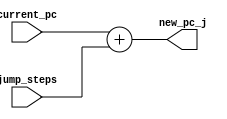
`timescale 1ns / 1ps
//////////////////////////////////////////////////////////////////////////////////
// Company: 
// Engineer: 
// 
// Design Name: 
// Module Name: jumpPC
// Project Name: 
// Target Devices: 
// Tool Versions: 
// Description: 
// 
// Dependencies: 
// 
// Revision:
// Revision 0.01 - File Created
// Additional Comments:
// 
//////////////////////////////////////////////////////////////////////////////////


module jumpPC(current_pc, jump_steps, new_pc_j);
    parameter k = 32;
    parameter m = 32;
    input [k-1:0] current_pc;
    input [m-1:0] jump_steps;
    output [k-1:0] new_pc_j;
    assign new_pc_j = current_pc + jump_steps;
endmodule